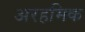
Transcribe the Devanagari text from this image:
अरहमिक